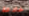
خادعة